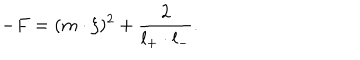
- F = ( m \cdot \xi ) ^ { 2 } + \frac { 2 } { l _ { + } \cdot l _ { - } } .